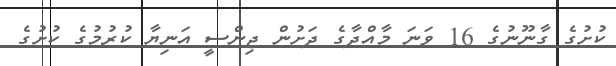
ކުށުގެ ގާނޫނުގެ 16 ވަނަ މާއްދާގެ ދަށުން ޖިންސީ އަނިޔާ ކުރުމުގެ ކުށުގެ